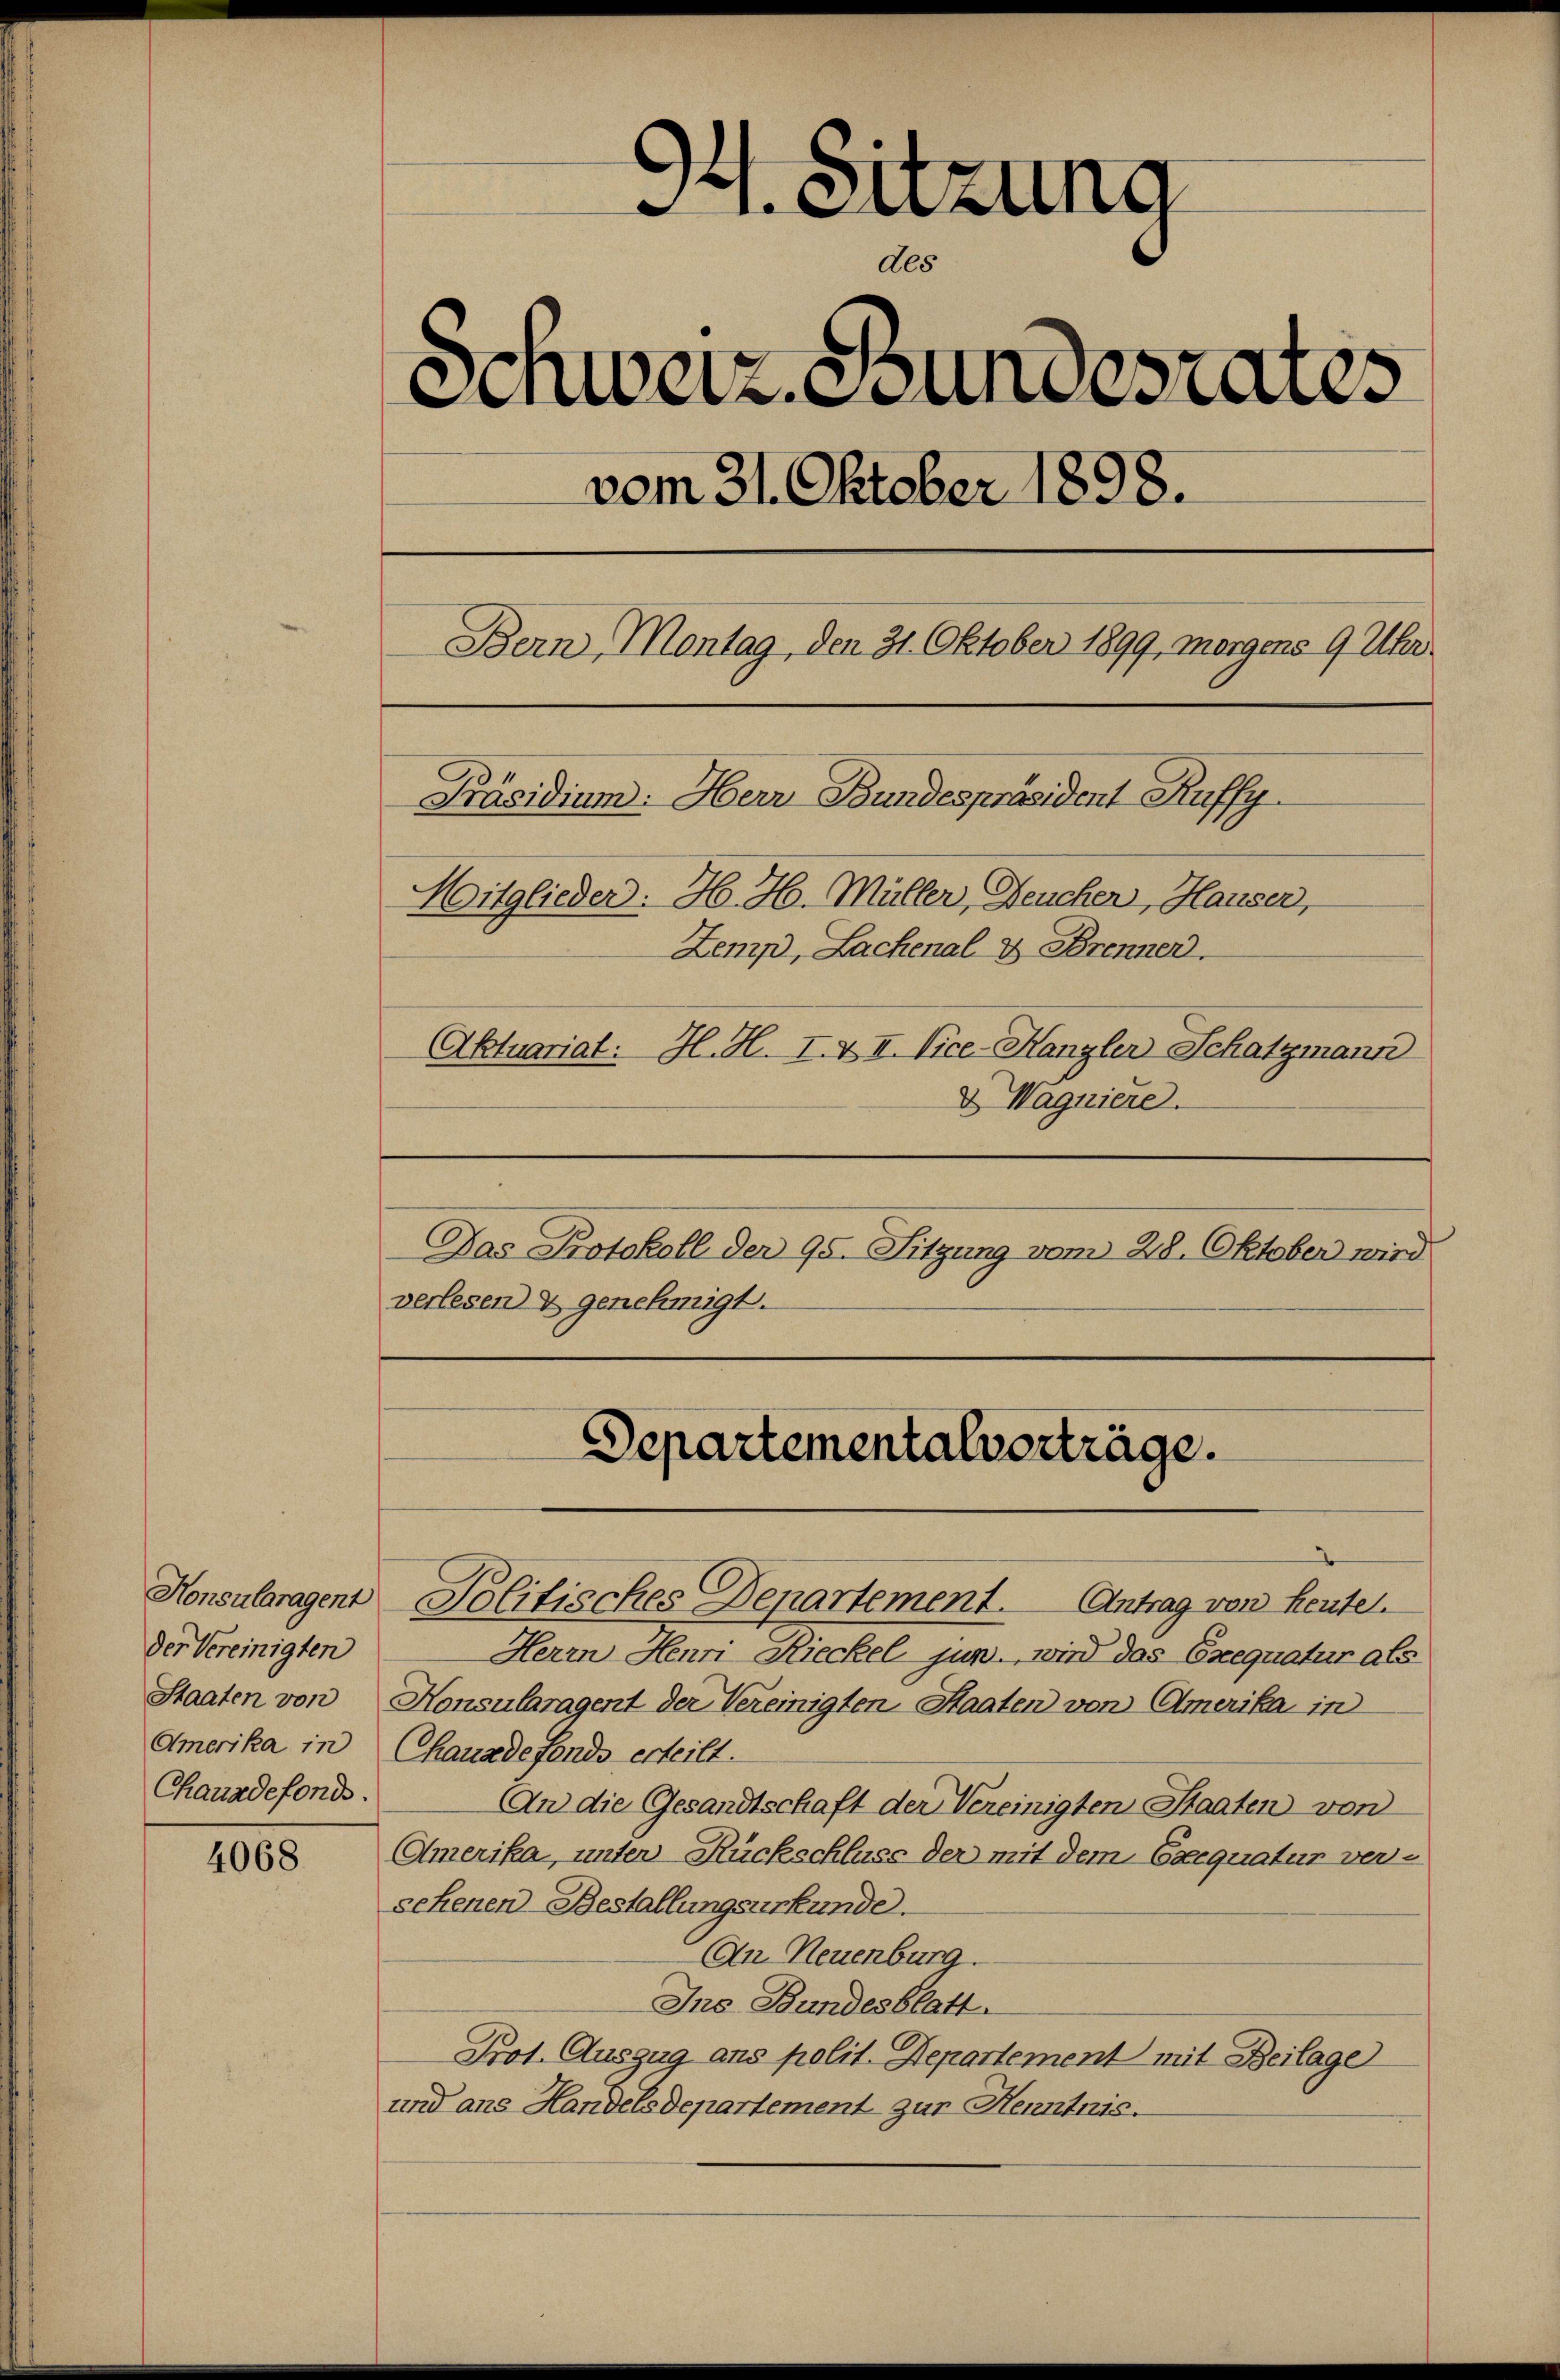
Konsularagent
der Vereinigten
Staaten von
Amerika in
Chauadefonds.

4068

e
¬
 Sitzung
Als
Schweiz wundesrates
vom 31. Oktober 1898.
Bern, Montag, den 31. Oktober 1899, morgens 9 Uhr.
Präsidium. Herr Bundespräsident Ruffy
Mitglieder: H. H. Müller, Deuchen, Hauser,
Zemp, Lachenale Brenner.
Aktuariat: H. H. I. & II. Vice-Kanzler Schatzmann
& Wagniere.
Das Protokoll der 95. Sitzung vom 28. Oktober wird
verlesen & genehmigt.

Departementalvorträge.
Politisches Departement. Antrag von heutel.

Herrn Henri Rieckel jun., wird das Exequatur als
Konsularagent der Vereinigten Staaten von Amerika in
Chauadefonds erteilt.
An die Gesandtschaft der Vereinigten Staaten von
Amerika, unter Rückschluss der mit dem Caequatur ver-
sehenen Bestallungsurkunde.
An Neuenburg.
Ins Bundesblatt.
Prot. Auszug ans polit. Departement mit Beilage
und ans Handelsdepartement zur Henntnis.